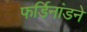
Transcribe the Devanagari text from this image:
फर्डिनांडने